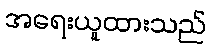
အရေးယူထားသည်